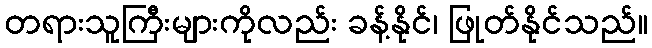
တရားသူကြီးများကိုလည်း ခန့်နိုင်၊ ဖြုတ်နိုင်သည်။